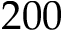
2 0 0